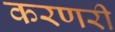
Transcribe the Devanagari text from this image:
करणरी